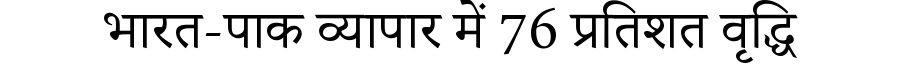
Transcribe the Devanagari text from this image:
भारत-पाक व्यापार में 76 प्रतिशत वृद्धि